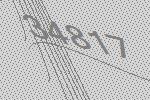
34817